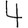
Digit: 4